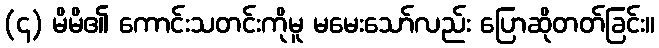
(၄) မိမိ၏ ကောင်းသတင်းကိုမူ မမေးသော်လည်း ပြောဆိုတတ်ခြင်း။